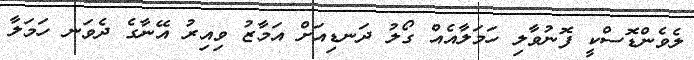
ލެވެންޑޮސްކީ ފޮނުވާލި ހަމަލާއެއް ގޯލު ދަނޑިއަށް އަމާޒު ވިއިރު އޭނާގެ ދެވަނ ހަމަލާ